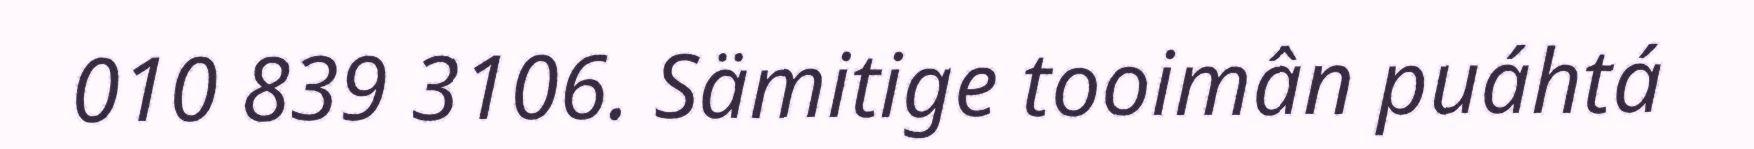
010 839 3106. Sämitige tooimân puáhtá